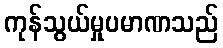
ကုန်သွယ်မှုပမာဏသည်